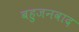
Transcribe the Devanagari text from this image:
बहुजनवाद